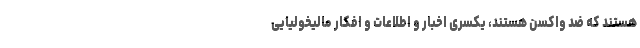
هستند که ضد واکسن هستند، یکسری اخبار و اطلاعات و افکار مالیخولیایی